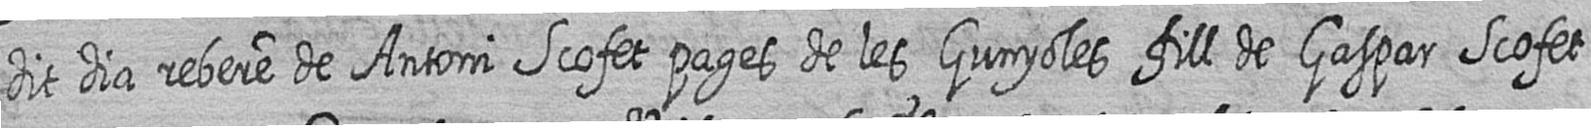
dit dia rebere de Antoni Scofet pages de les Gunyoles fill de Gaspar Scofet